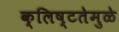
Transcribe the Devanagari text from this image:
क्लिष्टतेमुळे